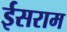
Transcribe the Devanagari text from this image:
ईसराम